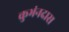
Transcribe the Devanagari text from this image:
कुभंनदास